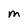
Character: M